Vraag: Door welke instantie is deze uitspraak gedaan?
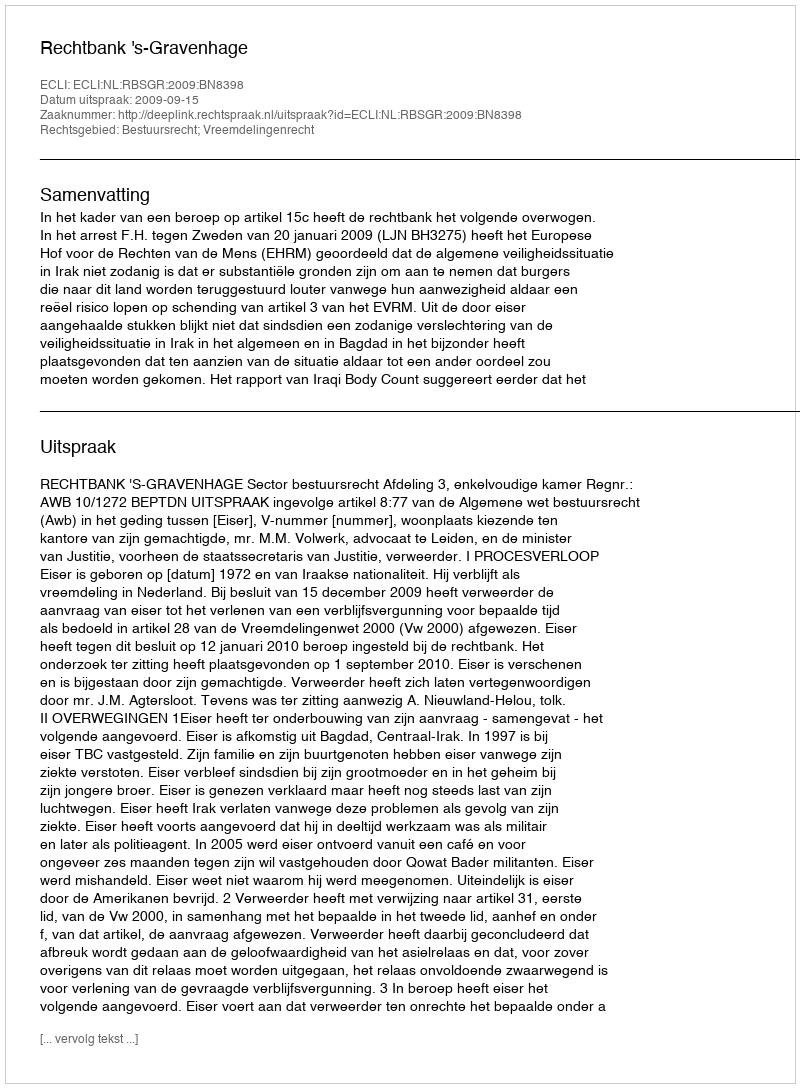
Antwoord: Rechtbank 's-Gravenhage